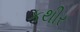
કથીર